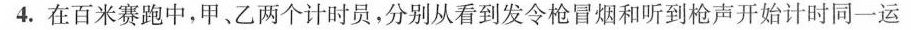
4.在百米赛跑中，甲、乙两个计时员，分别从看到发令枪冒烟和听到枪声开始计时同一运